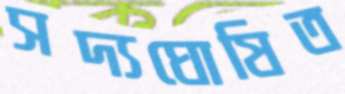
সদ্যঘোষিত